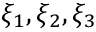
\xi _ { 1 } , \xi _ { 2 } , \xi _ { 3 }